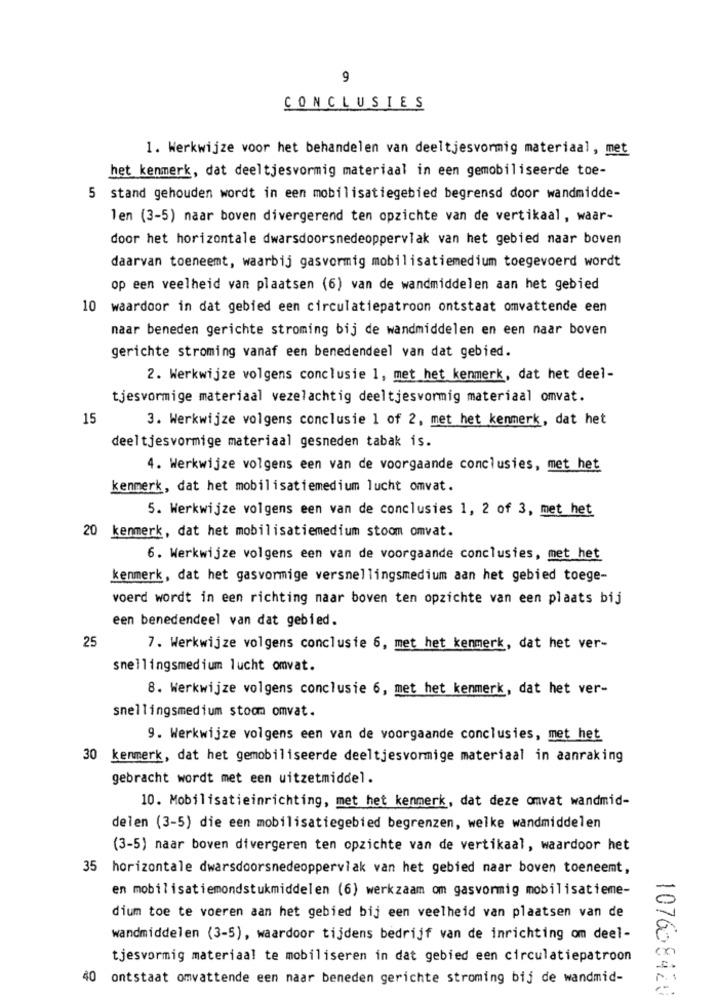
9
CONCLUSIES
1. Werkwijze voor het behandelen van deeltjesvormig materiaal, met
het kenmerk, dat deeltjesvormig materiaal in een gemobiliseerde toe-
5 stand gehouden wordt in een mobilisatiegebied begrensd door wandmidde-
len (3-5) naar boven divergerend ten opzichte van de vertikaal, waar-
door het horizontale dwarsdoorsnedeoppervlak van het gebied naar boven
daarvan toeneemt, waarbij gasvormig mobilisatiemedium toegevoerd wordt
op een veelheid van plaatsen (6) van de wandmiddelen aan het gebied
10 waardoor in dat gebied een circulatiepatroon ontstaat omvattende een
naar beneden gerichte stroming bij de wandmiddelen en een naar boven
gerichte stroming vanaf een benedendeel van dat gebied.
2. Werkwijze volgens conclusie 1, met het kenmerk, dat het deel-
tjesvormige materiaal vezelachtig deeltjesvormig materiaal omvat.
15
3. Werkwijze volgens conclusie 1 of 2, met het kenmerk, dat het
deeltjesvormige materiaal gesneden tabak is.
4. Werkwijze volgens een van de voorgaande conclusies, met het
kenmerk, dat het mobilisatiemedium lucht omvat.
5. Werkwijze volgens een van de conclusies 1, 2 of 3, met het
20 kenmerk, dat het mobilisatiemedium stoom omvat.
6. Werkwijze volgens een van de voorgaande conclusies, met het
kenmerk, dat het gasvormige versnellingsmedium aan het gebied toege-
voerd wordt in een richting naar boven ten opzichte van een plaats bij
een benedendeel van dat gebied.
25
7. Werkwijze volgens conclusie 6, met het kenmerk, dat het ver-
snellingsmedium lucht omvat.
8. Werkwijze volgens conclusie 6, met het kenmerk, dat het ver-
snellingsmedium stoom omvat.
9. Werkwijze volgens een van de voorgaande conclusies, met het
30 kenmerk, dat het gemobiliseerde deeltjesvormige materiaal in aanraking
gebracht wordt met een uitzetmiddel.
10. Mobilisatieinrichting, met het kenmerk, dat deze omvat wandmid-
delen (3-5) die een mobilisatiegebied begrenzen, welke wandmiddelen
(3-5) naar boven divergeren ten opzichte van de vertikaal, waardoor het
35 horizontale dwarsdoorsnedeoppervlak van het gebied naar boven toeneemt,
en mobilisatiemondstukmiddelen (6) werkzaam om gasvormig mobilisatieme-
dium toe te voeren aan het gebied bij een veelheid van plaatsen van de
wandmiddelen (3-5), waardoor tijdens bedrijf van de inrichting om deel-
tjesvormig materiaal te mobiliseren in dat gebied een circulatiepatroon
40 ontstaat omvattende een naar beneden gerichte stroming bij de wandmid-
1076 8420